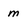
Character: m